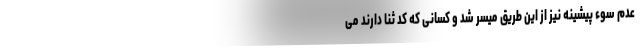
عدم سوء پیشینه نیز از این طریق میسر شد و کسانی که کد ثنا دارند می